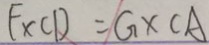
F \times C D = G \times C A